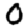
Digit: 0